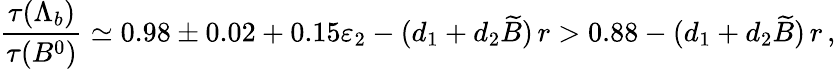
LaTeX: {\frac{\tau(\Lambda_{b})}{\tau(B^{0})}}\simeq 0.98\pm 0.02+0.15\varepsilon_{2}-(d_{1}+d_{2}\widetilde B)\, r>0.88-(d_{1}+d_{2}\widetilde B)\, r\, ,